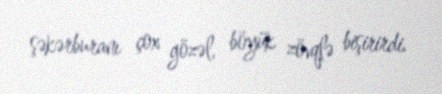
şəkərburanı çox gözəl, böyük zövqlə bişirirdi.